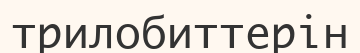
трилобиттерін